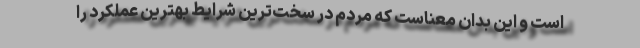
است و این بدان معناست که مردم در سخت‌ترین شرایط بهترین عملکرد را